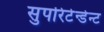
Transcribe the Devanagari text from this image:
सुपरिटेन्डेन्ट